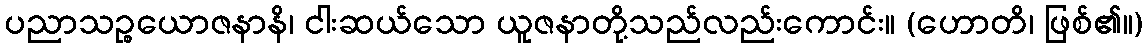
ပညာသဉ္စယောဇနာနိ၊ ငါးဆယ်သော ယူဇနာတို့သည်လည်းကောင်း။ (ဟောတိ၊ ဖြစ်၏။)